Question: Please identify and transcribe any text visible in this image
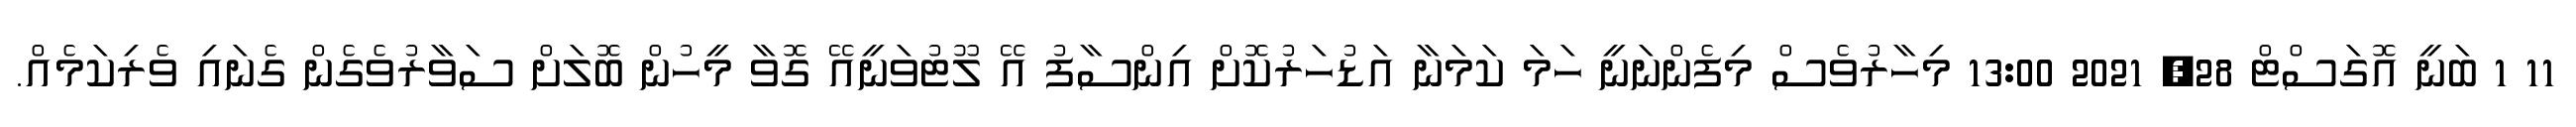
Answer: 11 1 ބަނީ އޮގަސްޓް 28, 2021 13:00 މިހާރުވެސް މިފެންނަނީ ހަމަ ކަމަނާ އަޑުހަރުކޮށް އިންސާފު އޭ ލޫޓުވަނީއޭ ގޮވާ މީހުން ބޮލަށް ސަވާރުވެގެން ގެނައި ވެރިކަމެއް.